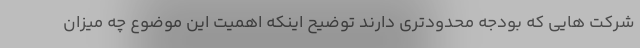
شرکت هایی که بودجه محدودتری دارند توضیح اینکه اهمیت این موضوع چه میزان